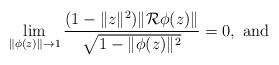
LaTeX: \begin{align*} \lim_{\|\phi(z)\|\to 1}\frac{(1- \|z\|^2) \|\mathcal R \phi(z)\|}{\sqrt{1- \|\phi(z)\|^2}}=0, \hbox{ and } \end{align*}